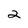
Character: 2